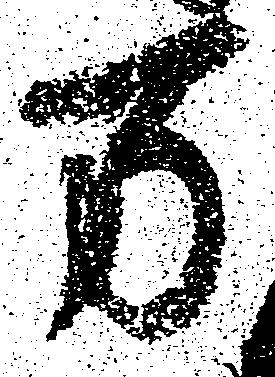
万